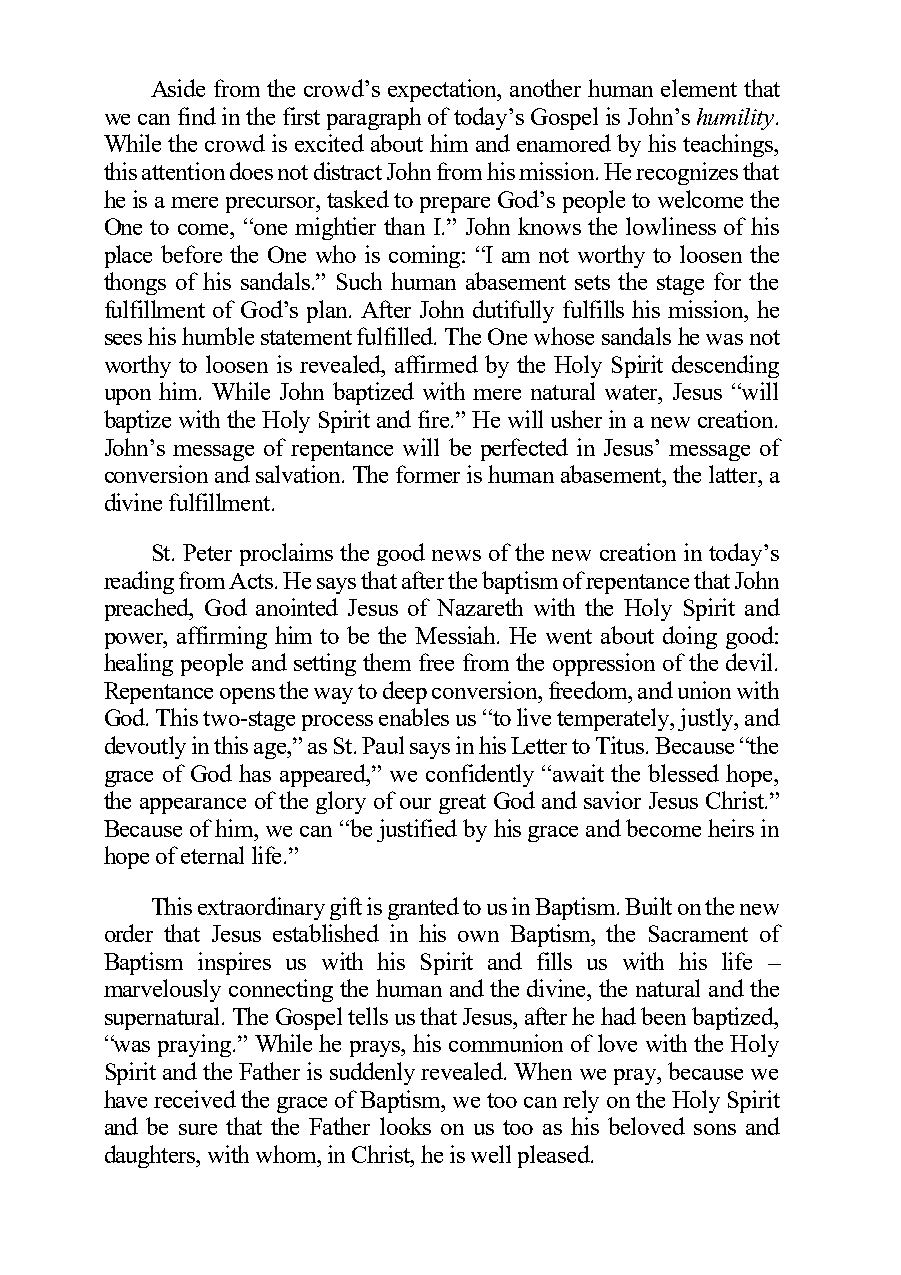
Aside from the crowd’s expectation, another human element that
 we can find in the first paragraph of today’s Gospel is John’s humility.
 While the crowd is excited about him and enamored by his teachings,
 this attention does not distract John from his mission. He recognizes that
 he is a mere precursor, tasked to prepare God’s people to welcome the
 One to come, “one mightier than I.” John knows the lowliness of his
 place before the One who is coming: “I am not worthy to loosen the
 thongs of his sandals.” Such human abasement sets the stage for the
 fulfillment of God’s plan. After John dutifully fulfills his mission, he
 sees his humble statement fulfilled. The One whose sandals he was not
 worthy to loosen is revealed, affirmed by the Holy Spirit descending
 upon him. While John baptized with mere natural water, Jesus “will
 baptize with the Holy Spirit and fire.” He will usher in a new creation.
 John’s message of repentance will be perfected in Jesus’ message of
 conversion and salvation. The former is human abasement, the latter, a
 divine fulfillment.
 St. Peter proclaims the good news of the new creation in today’s
 reading from Acts. He says that after the baptism of repentance that John
 preached, God anointed Jesus of Nazareth with the Holy Spirit and
 power, affirming him to be the Messiah. He went about doing good:
 healing people and setting them free from the oppression of the devil.
 Repentance opens the way to deep conversion, freedom, and union with
 God. This two-stage process enables us “to live temperately, justly, and
 devoutly in this age,” as St. Paul says in his Letter to Titus. Because “the
 grace of God has appeared,” we confidently “await the blessed hope,
 the appearance of the glory of our great God and savior Jesus Christ.”
 Because of him, we can “be justified by his grace and become heirs in
 hope of eternal life.”
 This extraordinary gift is granted to us in Baptism. Built on the new
 order that Jesus established in his own Baptism, the Sacrament of
 Baptism inspires us with his Spirit and fills us with his life –
 marvelously connecting the human and the divine, the natural and the
 supernatural. The Gospel tells us that Jesus, after he had been baptized,
 “was praying.” While he prays, his communion of love with the Holy
 Spirit and the Father is suddenly revealed. When we pray, because we
 have received the grace of Baptism, we too can rely on the Holy Spirit
 and be sure that the Father looks on us too as his beloved sons and
 daughters, with whom, in Christ, he is well pleased.